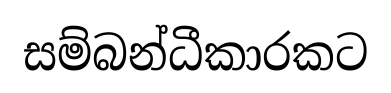
සම්බන්ධීකාරකට